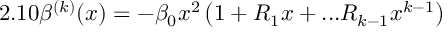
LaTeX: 2 . 1 0 \beta ^ { ( k ) } ( x ) = - \beta _ { 0 } x ^ { 2 } \left( 1 + R _ { 1 } x + . . . R _ { k - 1 } x ^ { k - 1 } \right)